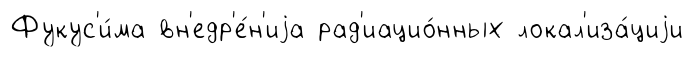
Фукус'и́ма вн'едр'е́н'иjа рад'иацио́нных локал'иза́циjи